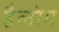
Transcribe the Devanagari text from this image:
हैलोग